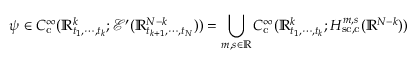
\psi \in C _ { \mathrm { c } } ^ { \infty } ( \mathbb { R } _ { t _ { 1 } , \cdots , t _ { k } } ^ { k } ; \mathcal { E } ^ { \prime } ( \mathbb { R } _ { t _ { k + 1 } , \cdots , t _ { N } } ^ { N - k } ) ) = \bigcup _ { m , s \in \mathbb { R } } C _ { \mathrm { c } } ^ { \infty } ( \mathbb { R } _ { t _ { 1 } , \cdots , t _ { k } } ^ { k } ; H _ { \mathrm { s c , c } } ^ { m , s } ( \mathbb { R } ^ { N - k } ) )